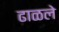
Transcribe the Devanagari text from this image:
ढाळले